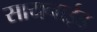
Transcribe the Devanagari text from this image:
सायनाईड